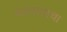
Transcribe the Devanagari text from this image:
नंदरायाचा